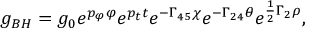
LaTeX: \displaystyle { g _ { B H } = g _ { 0 } e ^ { p _ { \varphi } \varphi } e ^ { p _ { t } t } e ^ { - \Gamma _ { 4 5 } \chi } e ^ { - \Gamma _ { 2 4 } \theta } e ^ { \frac { 1 } { 2 } \Gamma _ { 2 } \rho } } ,